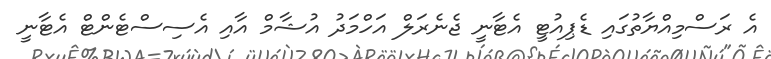
އެ ރަސްމިއްޔާތުގައި ޑެޕިއުޓީ އެޓާނީ ޖެނެރަލް އަހްމަދު އުޝާމް އާއި އެސިސްޓެންޓް އެޓާނީ